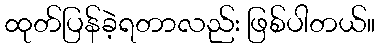
ထုတ်ပြန်ခဲ့ရတာလည်း ဖြစ်ပါတယ်။